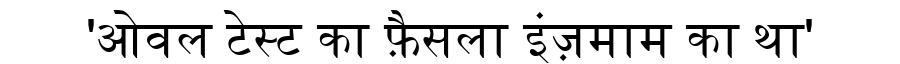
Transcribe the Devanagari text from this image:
'ओवल टेस्ट का फ़ैसला इंज़माम का था'